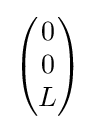
{\begin{pmatrix}0\\0\\L\\\end{pmatrix}}